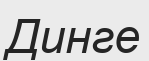
Динге